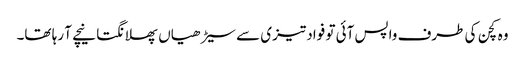
وہ کچن کی طرف واپس آئی تو فواد تیزی سے سیڑھیاں پھلانگتا نیچے آ رہا تھا۔